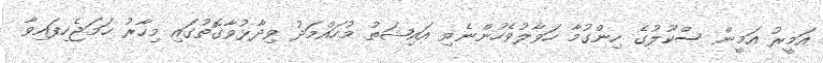
އަމީރު އަމީން ސްކޫލުގެ ހިންގުމާ ހަވާލުވެހުންނެވި އައިޝަތު މުހައްމަދު ވިދާޅުވާގޮތުގައި މިހާރު ހަމަޖެހިފައިވާ